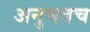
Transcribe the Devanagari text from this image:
अनुभवच